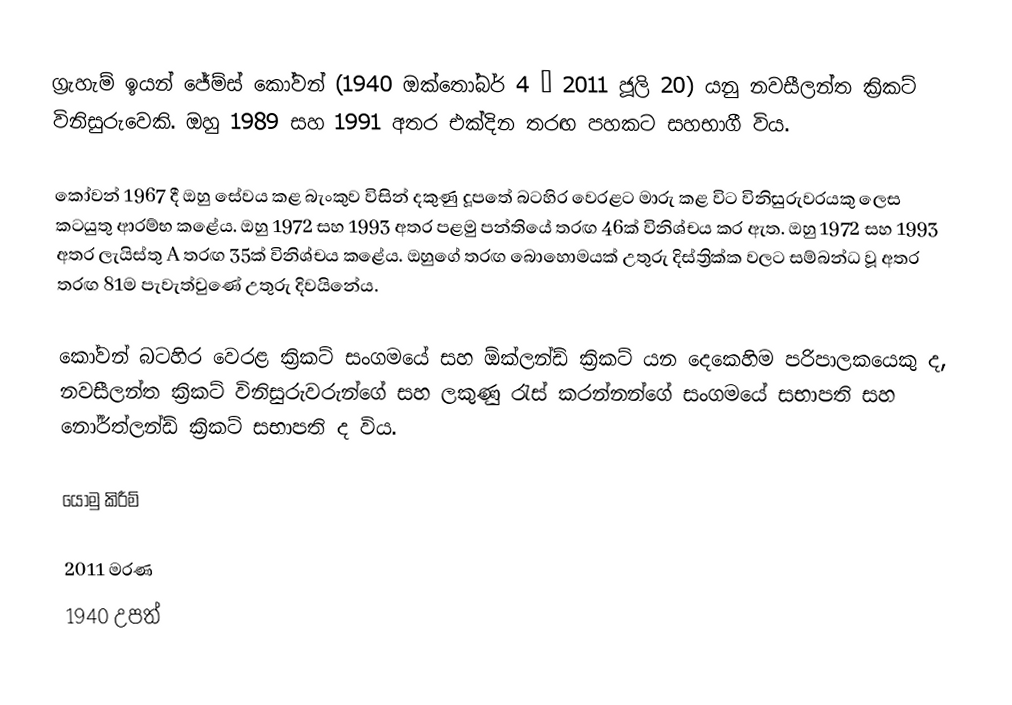
ග්‍රැහැම් ඉයන් ජේම්ස් කෝවන් (1940 ඔක්තෝබර් 4 – 2011 ජූලි 20) යනු නවසීලන්ත ක්‍රිකට් විනිසුරුවෙකි. ඔහු 1989 සහ 1991 අතර එක්දින තරඟ පහකට සහභාගී විය.

කෝවන් 1967 දී ඔහු සේවය කළ බැංකුව විසින් දකුණු දූපතේ බටහිර වෙරළට මාරු කළ විට විනිසුරුවරයකු ලෙස කටයුතු ආරම්භ කළේය. ඔහු 1972 සහ 1993 අතර පළමු පන්තියේ තරඟ 46ක් විනිශ්චය කර ඇත. ඔහු 1972 සහ 1993 අතර ලැයිස්තු A තරඟ 35ක් විනිශ්චය කළේය. ඔහුගේ තරඟ බොහොමයක් උතුරු දිස්ත්‍රික්ක වලට සම්බන්ධ වූ අතර තරඟ 81ම පැවැත්වුණේ උතුරු දිවයිනේය.

කෝවන් බටහිර වෙරළ ක්‍රිකට් සංගමයේ සහ ඕක්ලන්ඩ් ක්‍රිකට් යන දෙකෙහිම පරිපාලකයෙකු ද, නවසීලන්ත ක්‍රිකට් විනිසුරුවරුන්ගේ සහ ලකුණු රැස් කරන්නන්ගේ සංගමයේ සභාපති සහ නෝර්ත්ලන්ඩ් ක්‍රිකට් සභාපති ද විය.

යොමු කිරීම්

2011 මරණ
1940 උපත්